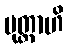
မုတ္တာဟိ